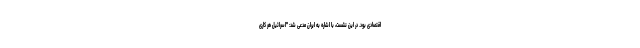
اقتصادی بود. در این نشست، با اشاره به ایران مدعی شد: "اسرائیل هر کاری